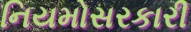
નિયમોસરકારી